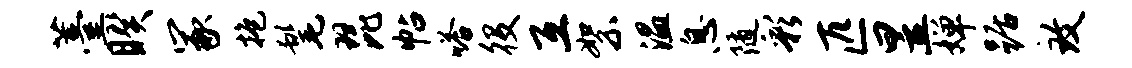
薹睽冢抱髦琵帖嗒役互絮温息随彩匹昱婵踞致